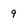
Character: 9